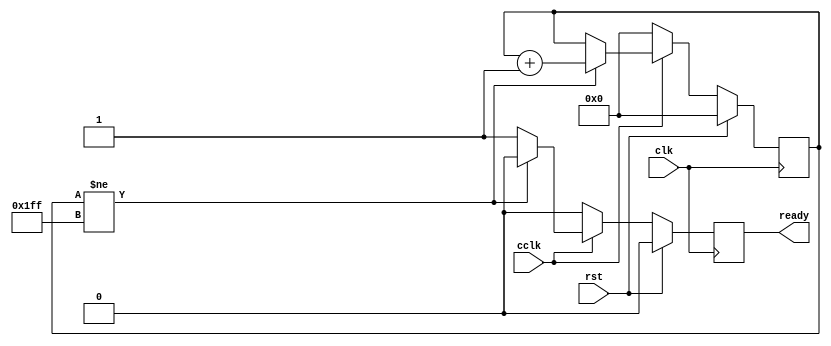
module cclk_detector(
    input clk,
    input rst,
    input cclk,
    output ready
);

reg [8:0] ctr_d, ctr_q;
reg ready_d, ready_q;

assign ready = ready_q;

always @(ctr_q or cclk) begin
    ready_d = 1'b0;
    if (cclk == 1'b0) begin
        ctr_d = 9'b0;
    end else if (ctr_q != {9{1'b1}}) begin
        ctr_d = ctr_q + 1'b1;
    end else begin
        ctr_d = ctr_q;
        ready_d = 1'b1;
    end
        
end

always @(posedge clk) begin
    if (rst) begin
        ctr_q <= 9'b0;
        ready_q <= 1'b0;
    end else begin
        ctr_q <= ctr_d;
        ready_q <= ready_d;
    end
end
endmodule